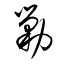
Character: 勦